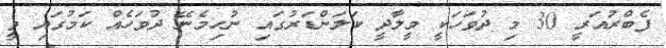
ފެބްރުއަރީ 30 މި ދުވަހަކީ މީލާދީ ކަލަންޑަރުގައި ނުހިމެނޭ ދުވަހެއް ކަމުގައި ވީ